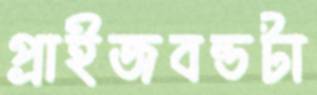
প্রাইজবন্ডটা